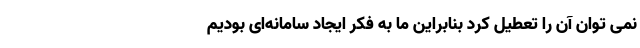
نمی توان آن را تعطیل کرد بنابراین ما به فکر ایجاد سامانه‌ای بودیم